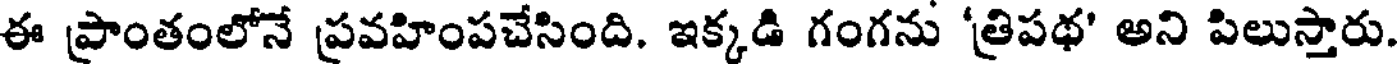
ఈ ప్రాంతంలోనే ప్రవహింపచేసింది. ఇక్కడి గంగను 'త్రిపథ' అని పిలుస్తారు.